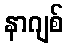
နာဂျစ်